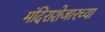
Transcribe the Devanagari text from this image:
मंदिराशेजारच्या